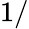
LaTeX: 1/